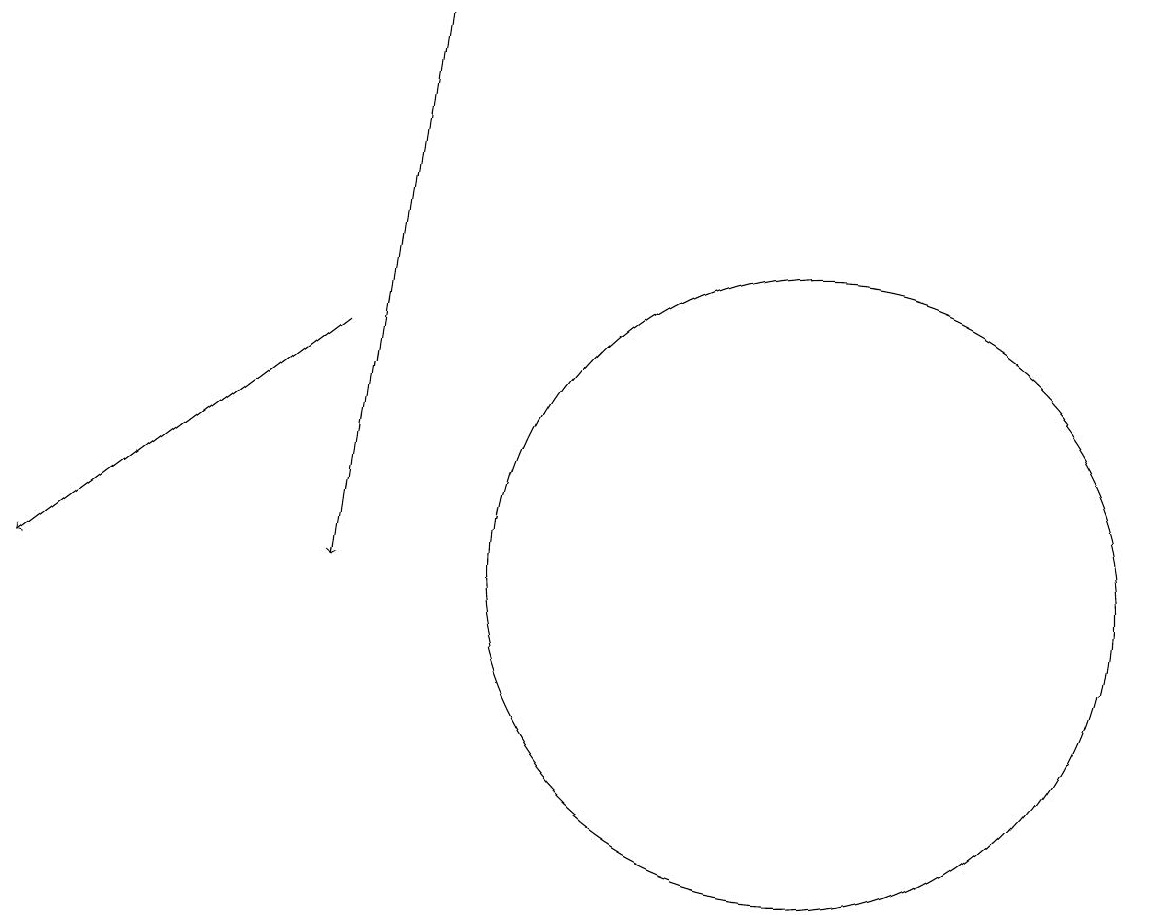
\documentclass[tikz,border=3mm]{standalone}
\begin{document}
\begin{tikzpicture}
\draw (10,11) circle (4);
\draw[->] (5,18) -- (4,11);
\draw[->] (4,14) -- (0,11);
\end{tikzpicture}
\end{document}